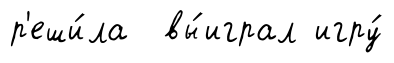
р'еши́ла вы́играл игру́